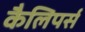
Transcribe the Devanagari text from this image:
कैलिपर्स